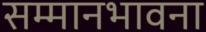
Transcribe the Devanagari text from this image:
सम्मानभावना